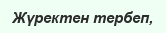
Жүректен тербеп,